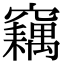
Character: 𥨱